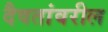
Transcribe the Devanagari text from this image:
दैवतांवरील